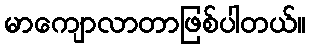
မာကျောလာတာဖြစ်ပါတယ်။